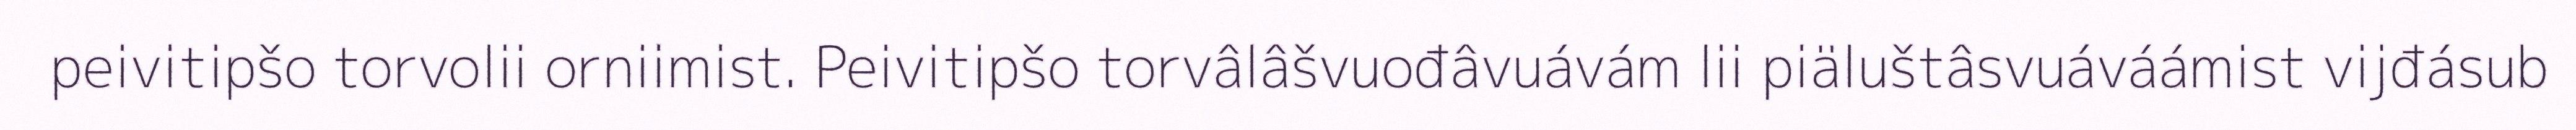
peivitipšo torvolii orniimist. Peivitipšo torvâlâšvuođâvuávám lii piäluštâsvuáváámist vijđásub